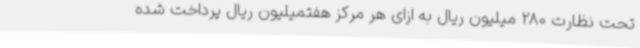
تحت نظارت 280 میلیون ریال به ازای هر مرکز هفتمیلیون ریال پرداخت شده